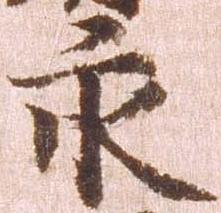
永